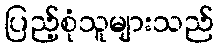
ပြည့်စုံသူများသည်